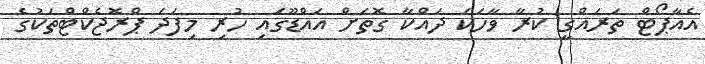
އެއާޕޯޓް ތަރައްގީ ކުރާ ވާހަކަ ދައްކާ ގޮތަށް އައްޑޫގައި ހުރި މިފަދަ ޕްރޮޖެކްޓްތަކުގެ